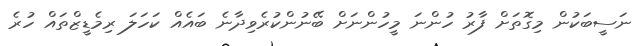
ނަސީބަކުން މިގޮތަށް ފާރު ހުންނަ މީހުންނަށް ބޭނުންކުރެވިދާނެ ބައެއް ކަހަލަ ރިމެޑީޒްތައް ހުރެ